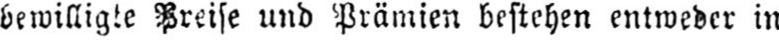
bewilligte Preise und Prämien bestehen entweder in